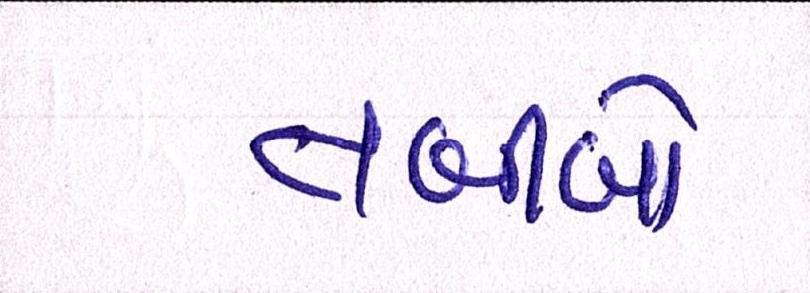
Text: તબીબો